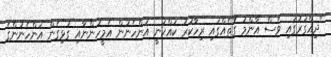
"ދިއްގަރުގައި ވެސް އާންމު ގޮތެއްގައި ރިހާކުރު ކައްކަނީ އަންހެނުން އެމީހުންނާއި ގުޅިގެން އަންހެނުންގެ